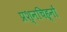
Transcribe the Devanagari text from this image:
प्रश्नचिह्नों